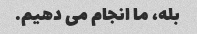
بله، ما انجام می دهیم.